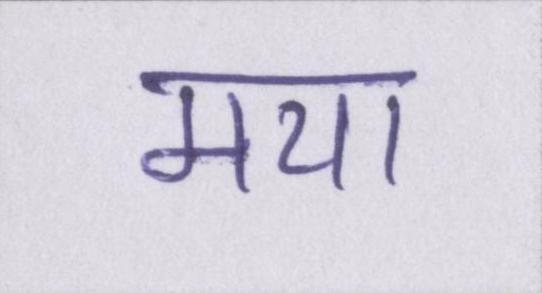
मया